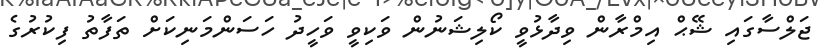
ޖަލްސާގައި ޝޭޙް އިމްރާން ވިދާޅުވީ ކޯލިޝަނުން ވަކިވީ ވަހީދު ހަސަންމަނިކަށް ތަފާތު ފިކުރުގެ